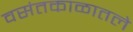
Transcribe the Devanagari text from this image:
वसंतकाळातले